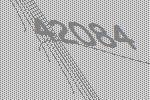
42084